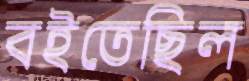
বইতেছিল